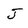
Character: j